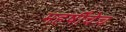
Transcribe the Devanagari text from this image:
महर्षींचेच